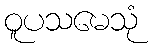
ဝူပသမေသုံ